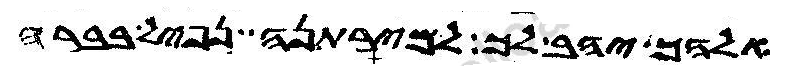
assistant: אלהך יהב לך למירתנה נפיל בברה